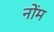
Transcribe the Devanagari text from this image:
नोंम